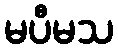
မပီမသ